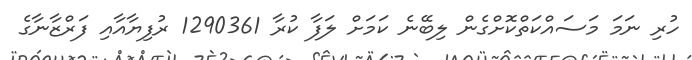
ހުރި ނަމަ މަސައްކަތްކޮށްގެން ލިބޭނެ ކަމަށް ލަފާ ކުރާ 1290361 ރުފިޔާއާއި ފަރްޒާނާގެ